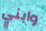
وابني